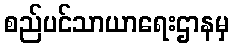
စည်ပင်သာယာရေးဌာနမှ